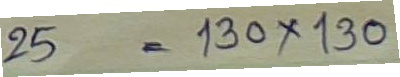
25 = 130 x 130